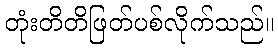
တုံးတိတိဖြတ်ပစ်လိုက်သည်။